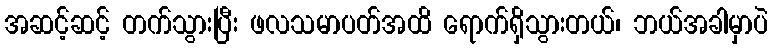
အဆင့်ဆင့် တက်သွားပြီး ဖလသမာပတ်အထိ ရောက်ရှိသွားတယ်၊ ဘယ်အခါမှာပဲ